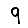
Digit: 9